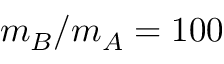
m _ { B } / m _ { A } = 1 0 0